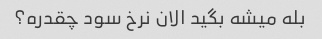
بله میشه بگید الان نرخ سود چقدره؟